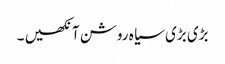
بڑی بڑی سیا ہ روشن آنکھیں ۔